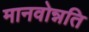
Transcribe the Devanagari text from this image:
मानवोन्नति